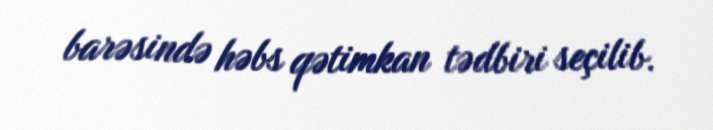
barəsində həbs qətimkan tədbiri seçilib.